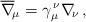
LaTeX: \begin{align*}\overline\nabla_{\!\mu}=\gamma_\mu^{\,\nu}\nabla_{\!\nu}\,,\end{align*}